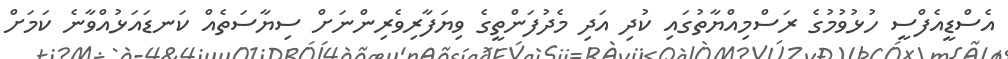
އެސްޑީއެފްސީ ހުޅުވުމުގެ ރަސްމިއްޔާތުގައި ކުދި އަދި މެދުފަންތީގެ ވިޔަފާރިވެރިންނަށް ސިޔާސަތެއް ކަނޑައަޅުއްވާނެ ކަމަށް